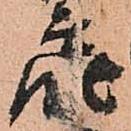
届